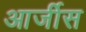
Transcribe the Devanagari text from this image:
आर्जीस